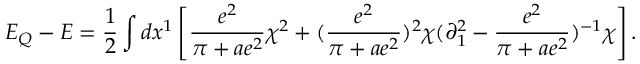
E _ { Q } - E = { \frac { 1 } { 2 } } \int d x ^ { 1 } \left[ { \frac { e ^ { 2 } } { \pi + a e ^ { 2 } } } \chi ^ { 2 } + ( { \frac { e ^ { 2 } } { \pi + a e ^ { 2 } } } ) ^ { 2 } \chi ( \partial _ { 1 } ^ { 2 } - { \frac { e ^ { 2 } } { \pi + a e ^ { 2 } } } ) ^ { - 1 } \chi \right] .